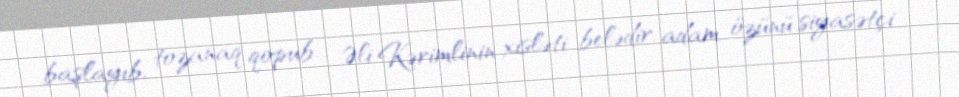
başlayıb, tozanaq qopub... Əli Kərimlinin xisləti belədir, adam özünü siyasətçi